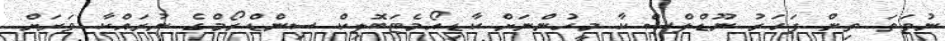
ނުވަތަ ތިން ފަހަރު ނޫޑްލްސް ކާ މީހުންނަށް ކާޑިއޯމެޓަބޮލިކް ސިންޑްރޯމްގެ ނުރައްކާ ވަރަށް